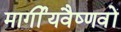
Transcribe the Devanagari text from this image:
मार्गीयवैष्णवों